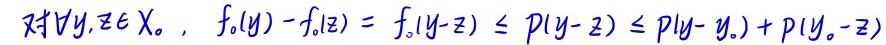
$\forall y,z\in X, \ f_0(y)-f_0(z)=f_0(y - z)\leq p(y - z)\leq p(y - y_0)+p(y_0 - z)$